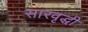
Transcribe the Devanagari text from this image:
सारवृद्धी